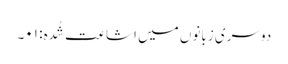
دوسری زبانوں میں اشاعت شُدہ: ۰۱۔